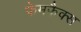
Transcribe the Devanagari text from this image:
फेमफैक्स